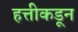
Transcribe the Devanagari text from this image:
हत्तीकडून